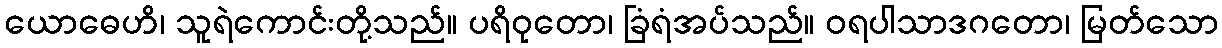
ယောဓေဟိ၊ သူရဲကောင်းတို့သည်။ ပရိဝုတော၊ ခြံရံအပ်သည်။ ဝရပါသာဒဂတော၊ မြတ်သော